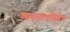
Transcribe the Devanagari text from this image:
व्यवसायविशेष